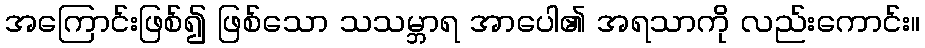
အကြောင်းဖြစ်၍ ဖြစ်သော သသမ္ဘာရ အာပေါ၏ အရသာကို လည်းကောင်း။